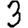
Digit: 3